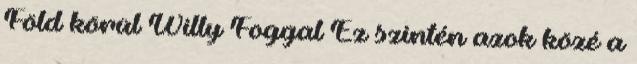
Föld körül Willy Foggal Ez szintén azok közé a